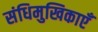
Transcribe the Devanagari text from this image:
संधिमुखिकाएँ